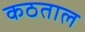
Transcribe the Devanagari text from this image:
कठताल